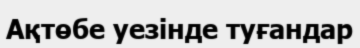
Ақтөбе уезінде туғандар